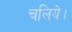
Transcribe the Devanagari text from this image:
चलिये।